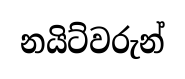
නයිට්වරුන්